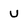
Character: U